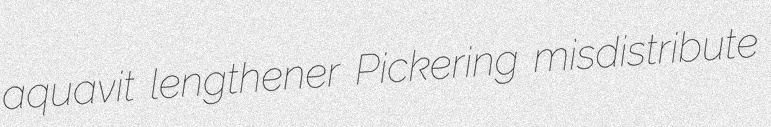
aquavit lengthener Pickering misdistribute